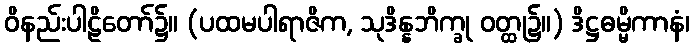
ဝိနည်းပါဠိတော်၌။ (ပထမပါရာဇိက, သုဒိန္နဘိက္ခု ဝတ္ထု၌။) ဒိဋ္ဌဓမ္မိကာနံ၊